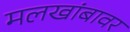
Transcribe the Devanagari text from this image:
मलखांबावर